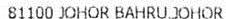
81100 JOHOR BAHRU JOHOR